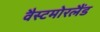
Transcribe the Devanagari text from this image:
वैस्टमोरलैंड